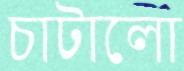
চাটালো